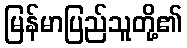
မြန်မာပြည်သူတို့၏